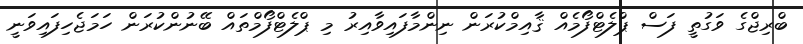
ބްރިޖްގެ ވަގުތީ ފަސް ޕްލެޓްފޯމެއް ޤާއިމްކުރަން ނިންމާފައިވާއިރު މި ޕްލެޓްފޯމްތައް ބޭނުންކުރަން ހަމަޖެހިފައިވަނީ